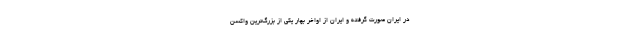
در ایران صورت گرفته و ایران از اواخر بهار یکی از بزرگ‌ترین واکسن‌